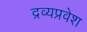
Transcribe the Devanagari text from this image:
द्रव्यप्रवेश